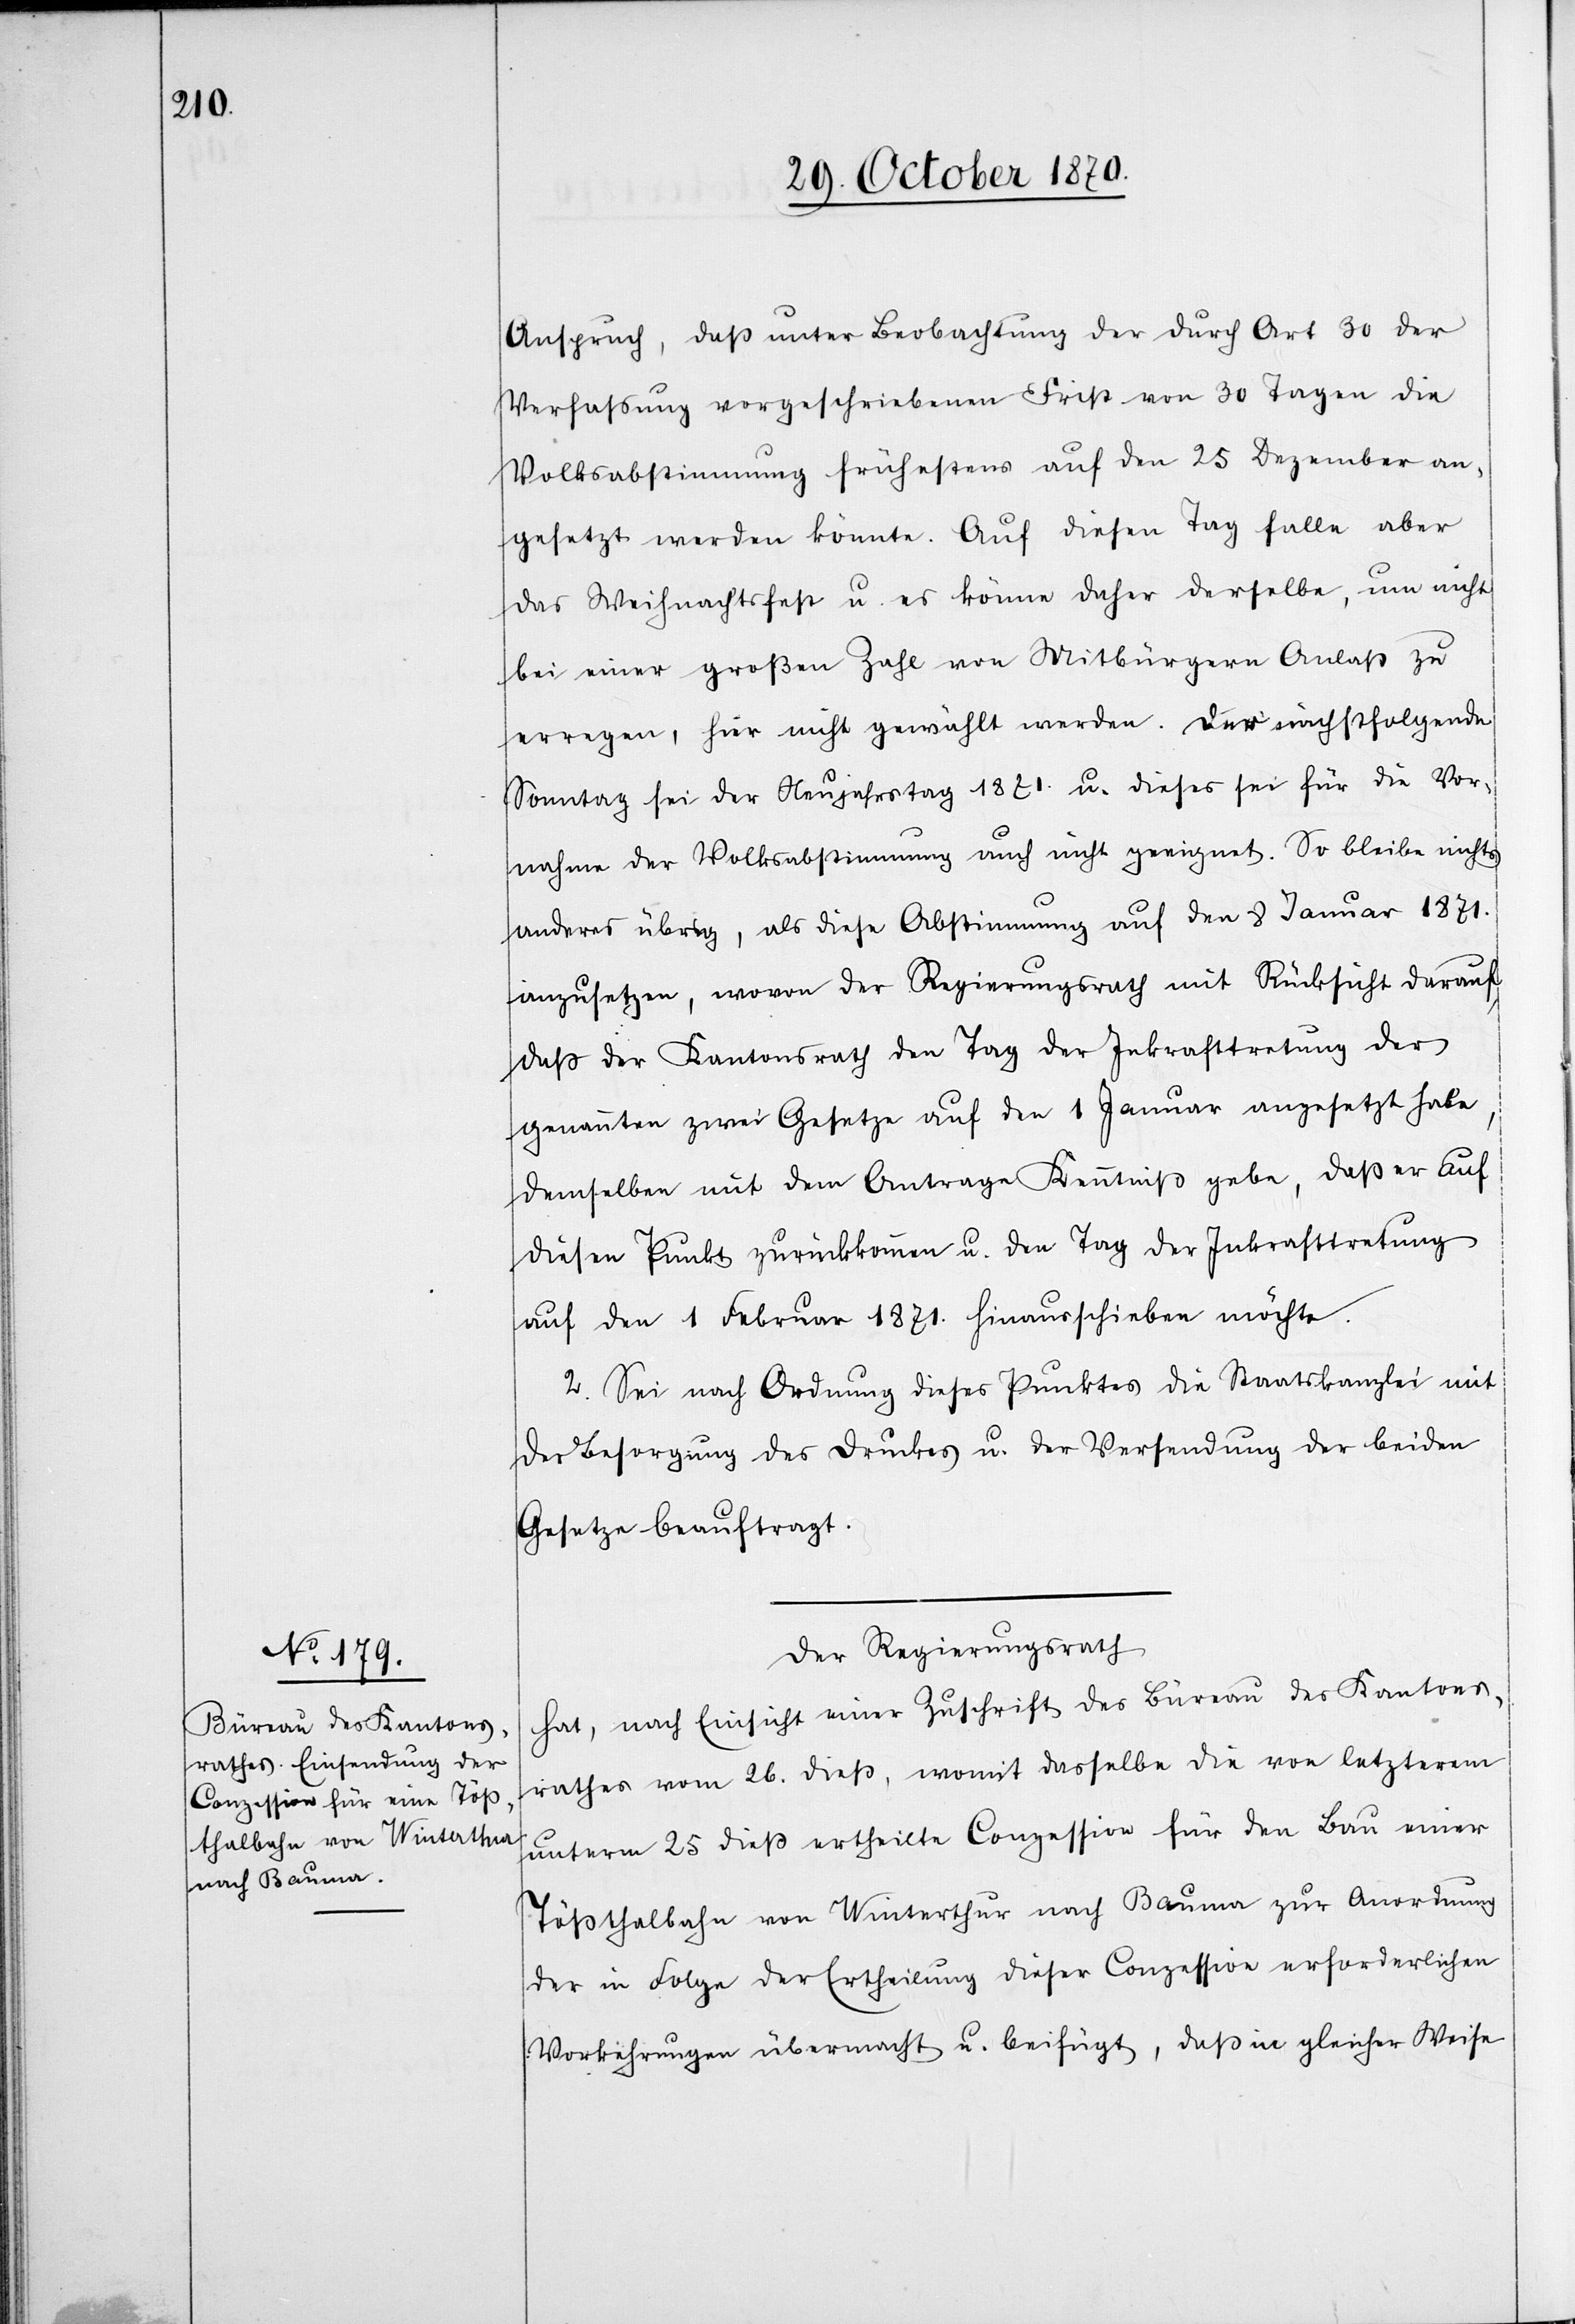
Anspruch, daß unter Beobachtung der durch Art 30 der
Verfaßung vorgeschriebenen Frist von 30 Tagen die
Volksabstimmung frühestens auf den 25 Dezember an¬
gesetzt werden könnte. Auf diesen Tag falle aber
das Weihnachtsfest u. es könne daher derselbe, um nicht
bei einer großen Zahl von Mitbürgern Anlaß zu
erregen, hier nicht gewählt werden. Der nachfolgende
Sonntag sei der Neujahrestag 1870. u. dieser sei für die Vor¬
nahme der Volksabstimmung auch nicht geeignet. So bleibe nichts
anderes übrig, als diese Abstimmung auf den 8 Januar 1871.
anzusetzen, wovon der Regierungsrath mit Rücksicht darauf,
daß der Kantonsrath den Tag der Inkrafttretung der
genannten zwei Gesetze auf den 1 Januar angesetzt habe,
demselben mit dem Antrage Kenntniß gebe, daß er auf
diesen Punkt zurückkomme u. den Tag der Inkrafttretung
auf den 1 Februar 1871. hinausschieben möchte.
2. Sei nach Ordnung dieses Punktes die Staatskanzlei mit
der Besorgung des Druckes u. der Versendung der beiden
Gesetze beauftragt.
Der Regierungsrath
hat, nach Einsicht einer Zuschrift des Büreau des Kantons¬
rathes vom 26 dieß, womit dasselbe die von letzterem
unterm 25 dieß ertheilte Conzession für den Bau einer
Tößthalbahn von Winterthur nach Bauma zur Anordnung
der in Folge der Ertheilung dieser Conzession erforderlichen
Vorkehrungen übermacht u. beifügt, daß in gleicher Weise